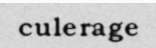
culerage